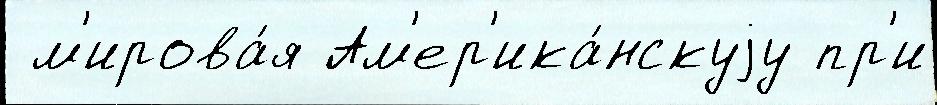
 м'ирова́я Ам'ер'ика́нскуjу пр'и